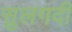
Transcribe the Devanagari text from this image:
सुलगदी